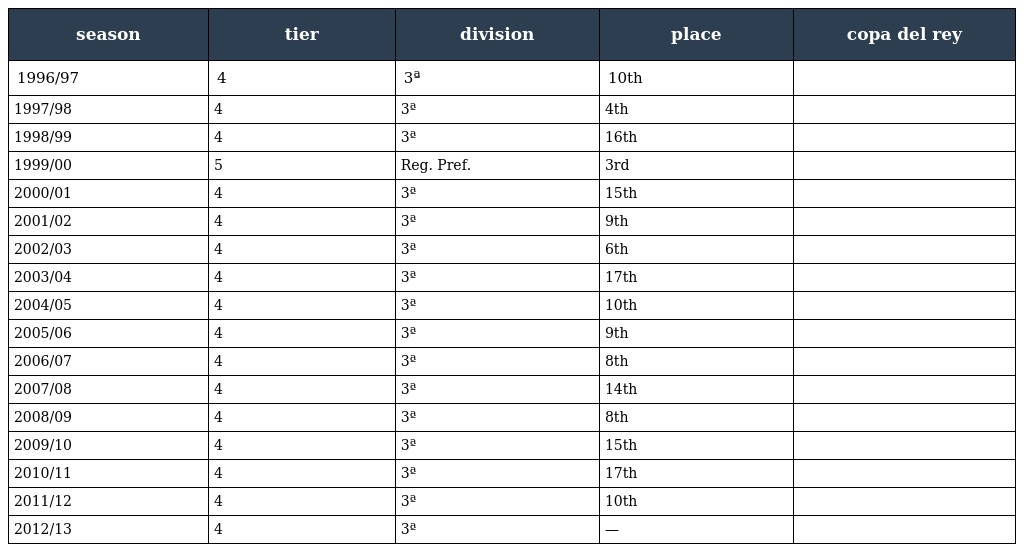
| season | tier | division | place | copa del rey |
 | --- | --- | --- | --- | --- |
 | 1996/97 | 4 | 3ª | 10th |  |
 | 1997/98 | 4 | 3ª | 4th |  |
 | 1998/99 | 4 | 3ª | 16th |  |
 | 1999/00 | 5 | Reg. Pref. | 3rd |  |
 | 2000/01 | 4 | 3ª | 15th |  |
 | 2001/02 | 4 | 3ª | 9th |  |
 | 2002/03 | 4 | 3ª | 6th |  |
 | 2003/04 | 4 | 3ª | 17th |  |
 | 2004/05 | 4 | 3ª | 10th |  |
 | 2005/06 | 4 | 3ª | 9th |  |
 | 2006/07 | 4 | 3ª | 8th |  |
 | 2007/08 | 4 | 3ª | 14th |  |
 | 2008/09 | 4 | 3ª | 8th |  |
 | 2009/10 | 4 | 3ª | 15th |  |
 | 2010/11 | 4 | 3ª | 17th |  |
 | 2011/12 | 4 | 3ª | 10th |  |
 | 2012/13 | 4 | 3ª | — |  |